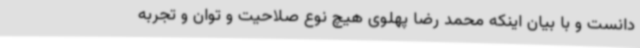
دانست و با بیان اینکه محمد رضا پهلوی هیچ نوع صلاحیت و توان و تجربه